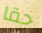
حقا